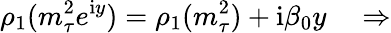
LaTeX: \rho_{1}(m_{\tau}^{2}e^{\mathrm{i}y})=\rho_{1}(m_{\tau}^{2})+\mathrm{i}\beta_{0}y\quad\Rightarrow